Annual administration report of the Civil Veterinary Department of India - 1905-1906
Year: 1905
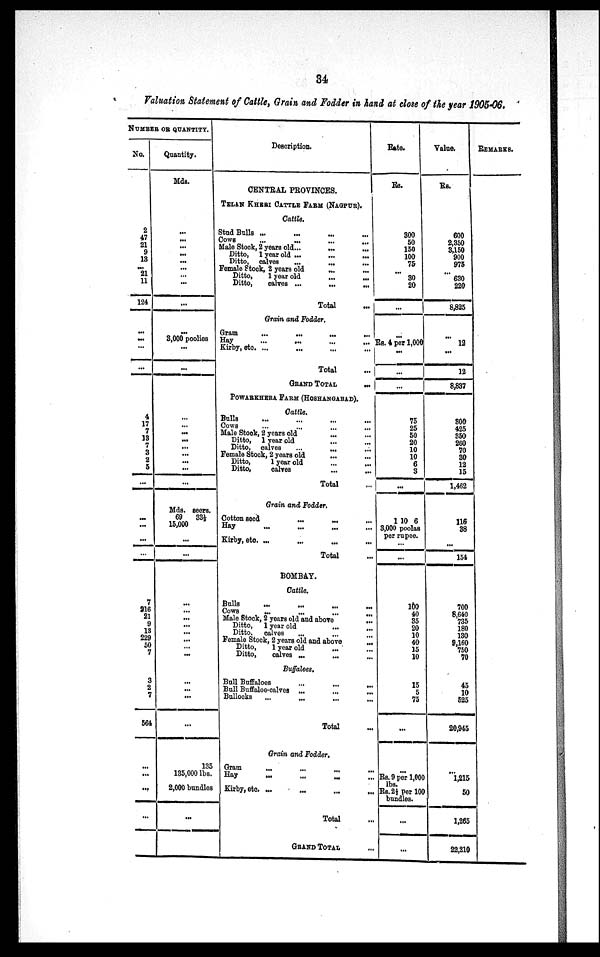
34
Valuation Statement of Cattle, Grain and Fodder in hand at close of the year 1905-06.
NUMBER OF QUANTITY.
No.
2
47
21
9
13
...
21
11
124
...
...
...
...
4
17
7
13
7
3
2
5
...
...
...
...
...
7
216
21
9
13
229
50
7
3
2
7
566
...
...
...
...
Quantity.
Mds.
...
...
...
...
...
...
...
...
...
...
3,000 poolies
...
...
...
...
...
...
...
...
...
...
...
Mds. seers.
69
33½
15,000
...
...
...
...
...
...
...
...
...
...
...
...
...
135
135,000
lbs.
2,000 bundles
...
Description.
CENTRAL PROVINCES.
TELAN KHERI CATTLE FARM (NAGPUR).
Cattle.
Stud Bulls ... ... ...
Cows ... ... ... ...
Male Stock, 2 years old...
Ditto, 1 year old ...
Ditto, calves
...
...
Female Stock, 2 years old ... ...
Ditto,
1 year old
...
...
Ditto,
calves ...
...
...
Total
Grain and Fodder.
Gram
...
...
...
Hay ... ... ... ...
Kirby, etc. ... ... ... ...
Total ...
GRAND TOTAL ...
POWARKHERA FARM (HOSHANGABAD),
Cattle.
Bulls ... ... ... ...
Cows ... ... ... ...
Male Stook, 2 years old ... ...
Ditto, 1 year old ... ...
Ditto, calves
...
...
Female Stock, 2 years old ... ...
Ditto,
1 year old
...
...
Ditto,
calves ... ...
Total ...
Grain and Fodder.
Cotton seed
... ... ... ...
Hay ... ... ... ...
Kirby, etc. ... ... ... ...
Total ...
BOMBAY.
Cattle.
Bulls ... ... ... ...
Cows
...
...
...
Male Stock, 2 years old and above
...
Ditto,
1 year old
...
Ditto,
calves ... ... ...
Female Stock, 2 years old and above ...
Ditto,
1 year old ... ...
Ditto,
calves ...
... ...
Buffaloes.
Bull Buffaloes ... ... ...
Bull Buffaloe-calves ... ... ...
Bullocks ... ... ... ...
Total ...
Grain and Fodder.
Gram
...
...
... ...
Hay
...
...
...
...
Kirby, etc.
...
...
...
Total ...
GRAND TOTAL ...
Rate.
Rs.
300
50
150
100
75
...
30
20
...
...
Rs. 4 per 1,000
...
...
...
75
25
50
20
10
10
6
3
...
1 10 6
3,000 poolas
per rupee.
...
...
100
40
35
20
10
40
15
10
15
5
75
...
...
Rs. 9 per 1,000
lbs.
Rs.2½ per 100
bundles.
...
...
Value.
Rs.
600
2,350
3,150
900
975
...
630
220
8,825
...
12
...
12
8,837
800
425
350
260
70
30
12
15
1,462
116
38
...
154
700
8,640
735
180
130
9,160
750
70
45
10
525
20,945
...
1,215
50
1,265
22,210
REMARKS.